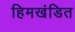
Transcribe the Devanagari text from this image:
हिमखंडित